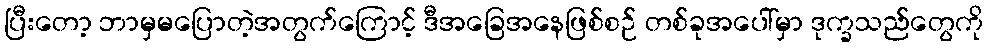
ပြီးတော့ ဘာမှမပြောတဲ့အတွက်ကြောင့် ဒီအခြေအနေဖြစ်စဉ် တစ်ခုအပေါ်မှာ ဒုက္ခသည်တွေကို